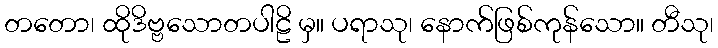
တတော၊ ထိုဒိဗ္ဗသောတပါဠိ မှ။ ပရာသု၊ နောက်ဖြစ်ကုန်သော။ တီသု၊